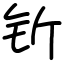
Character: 𬬱